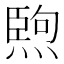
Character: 𤍥